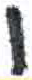
אות: ו